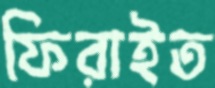
ফিরাইত